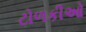
ટોળકીઓ